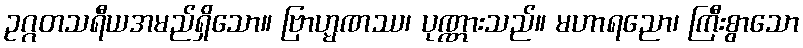
ဥဂ္ဂတသရီယအမည်ရှိသော။ ဗြာဟ္မဏဿ၊ ပုဏ္ဏားသည်။ မဟာရညော၊ ကြီးစွာသော